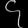
Digit: ၄